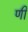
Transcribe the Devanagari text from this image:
णी